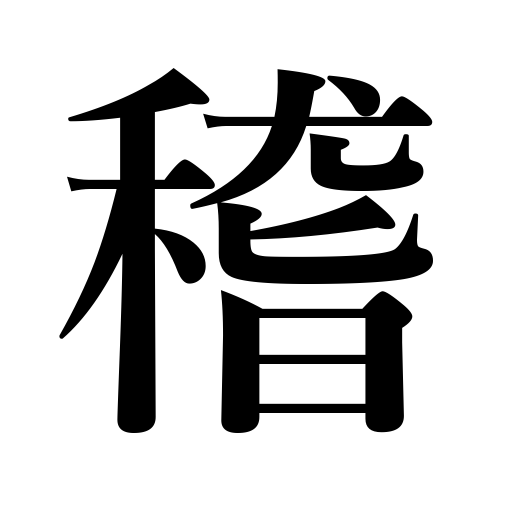
Meanings: consider,quarrel,think